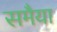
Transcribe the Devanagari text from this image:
समैया